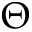
{ \Theta }